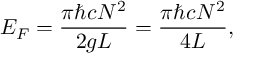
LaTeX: E _ { F } = \frac { \pi \hbar c N ^ { 2 } } { 2 g L } = \frac { \pi \hbar c N ^ { 2 } } { 4 L } ,